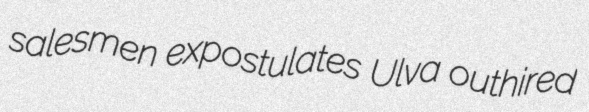
salesmen expostulates Ulva outhired